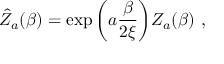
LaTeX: \hat { Z } _ { a } ( \beta ) = \exp \bigg ( a { \frac { \beta } { 2 \xi } } \bigg ) Z _ { a } ( \beta ) \ ,